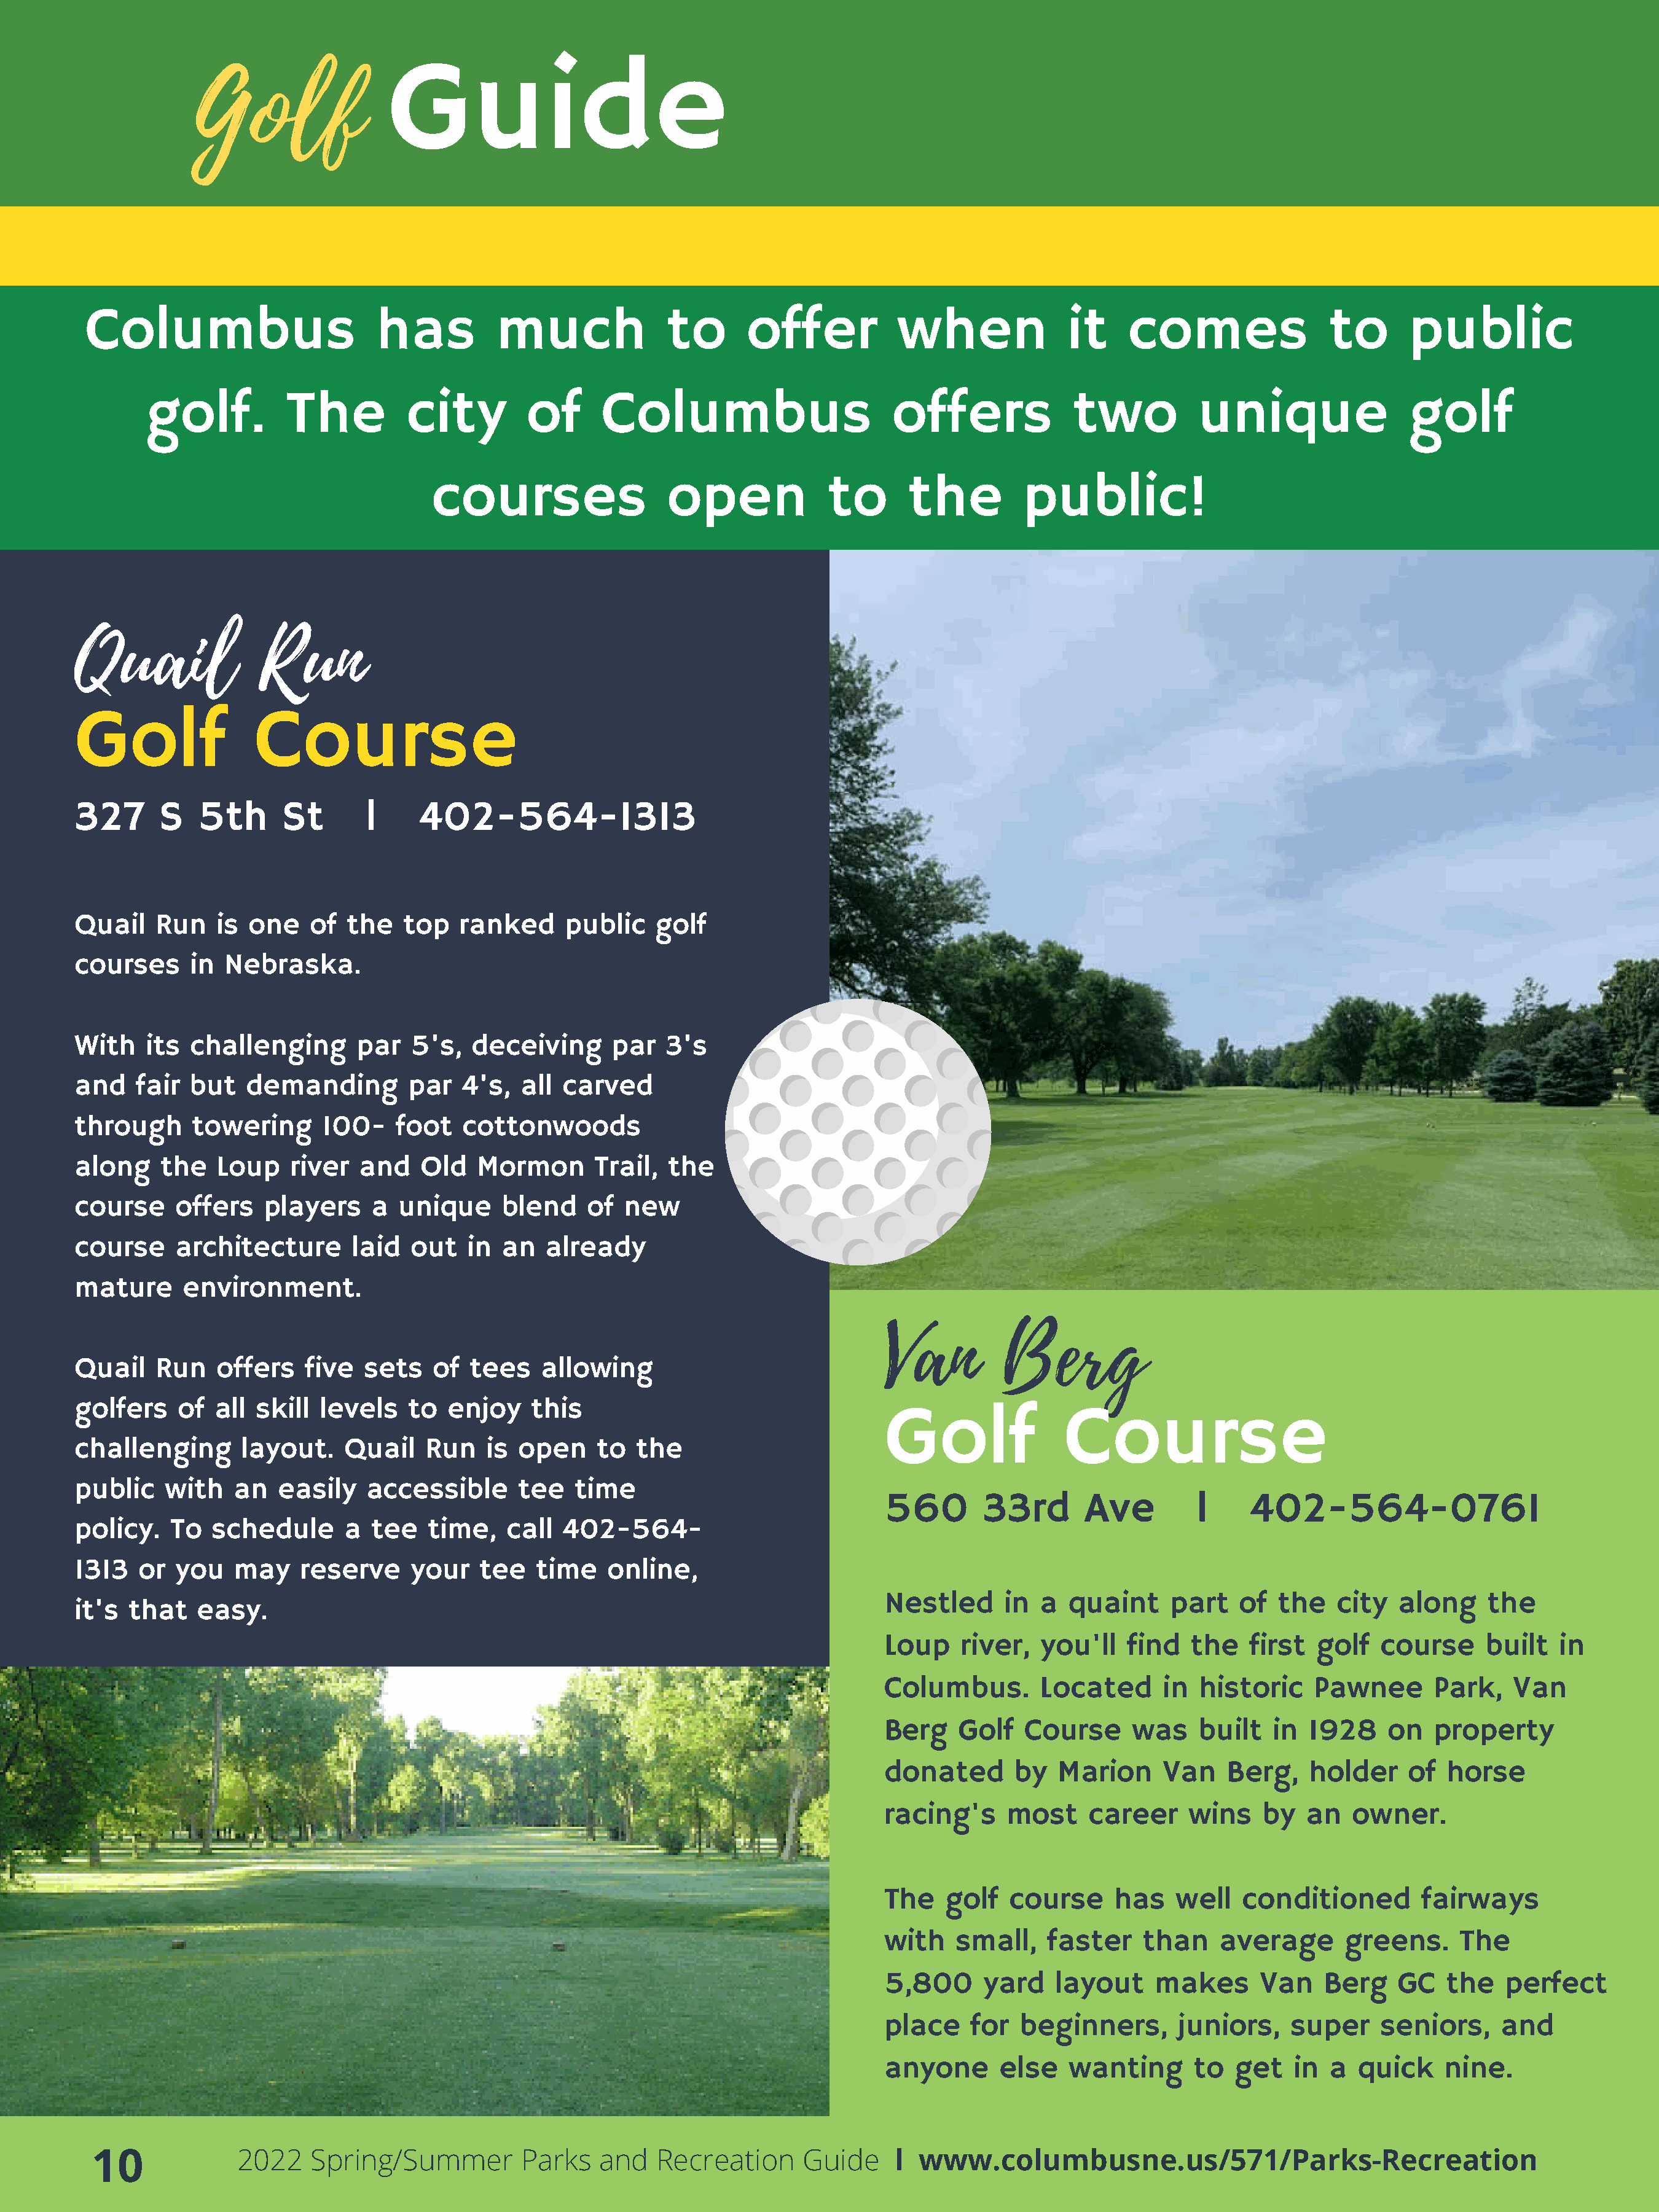
Golf
 Guide
 Columbus                       has          much               to      offer            when              it    comes                 to       public
 golf.          The          city         of      Columbus                       offers              two          unique                 golf
 courses                   open             to       the         public!
 Quail               Run
 Golf               Course
 327      S   5th      St       l     402-564-1313
 Quail    Run   is  one   of  the   top   ranked      public    golf
 courses     in  Nebraska.
 With    its challenging       par   5's,   deceiving      par   3's
 and    fair but   demanding         par   4's,  all  carved
 through      towering      100-    foot   cottonwoods
 along    the   Loup    river   and   Old   Mormon       Trail,  the
 course     offers   players     a  unique     blend    of  new
 course     architecture       laid  out   in  an   already
 mature      environment.
 Van          Berg
 Quail    Run   offers    five  sets    of  tees   allowing
 golfers    of  all  skill levels    to  enjoy    this
 Golf                Course
 challenging       layout.    Quail    Run   is  open    to   the
 public    with   an   easily   accessible       tee   time
 560        33rd       Ave         l     402-564-0761
 policy.   To   schedule      a  tee   time,    call  402-564-
 1313   or  you   may    reserve     your    tee   time   online,
 Nestled      in  a  quaint     part    of  the   city   along    the
 it's  that   easy.
 Loup     river,  you'll   find   the    first  golf   course     built   in
 Columbus.        Located      in  historic     Pawnee       Park,   Van
 Berg    Golf   Course      was    built   in  1928     on   property
 donated       by   Marion     Van    Berg,    holder     of  horse
 racing's      most    career     wins    by   an   owner.
 The    golf   course     has    well   conditioned        fairways
 with    small,    faster    than    average       greens.     The
 5,800      yard    layout    makes       Van    Berg    GC   the   perfect
 place     for  beginners,       juniors,    super     seniors,     and
 anyone       else   wanting       to  get   in  a  quick     nine.
 10              2022   Spring/Summer          Parks    and   Recreation     Guide     l  www.columbusne.us/571/Parks-Recreation